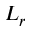
L _ { r }